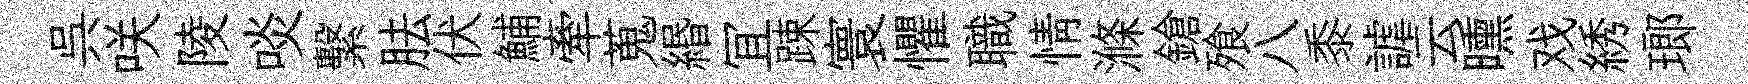
呉咲陵啖繫胠伏鯆牽蒐緡冝踈寰懼職情滌鎗飱八黍謔云曛戏綉瑯